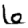
Digit: 6